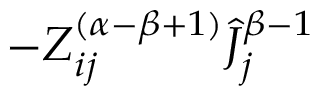
- Z _ { i j } ^ { ( \alpha - \beta + 1 ) } \hat { J } _ { j } ^ { \beta - 1 }